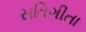
સતિગીતા